Lunatic asylums in Bengal annual reports 1899-1911 - 1899-1911
Year: 1899
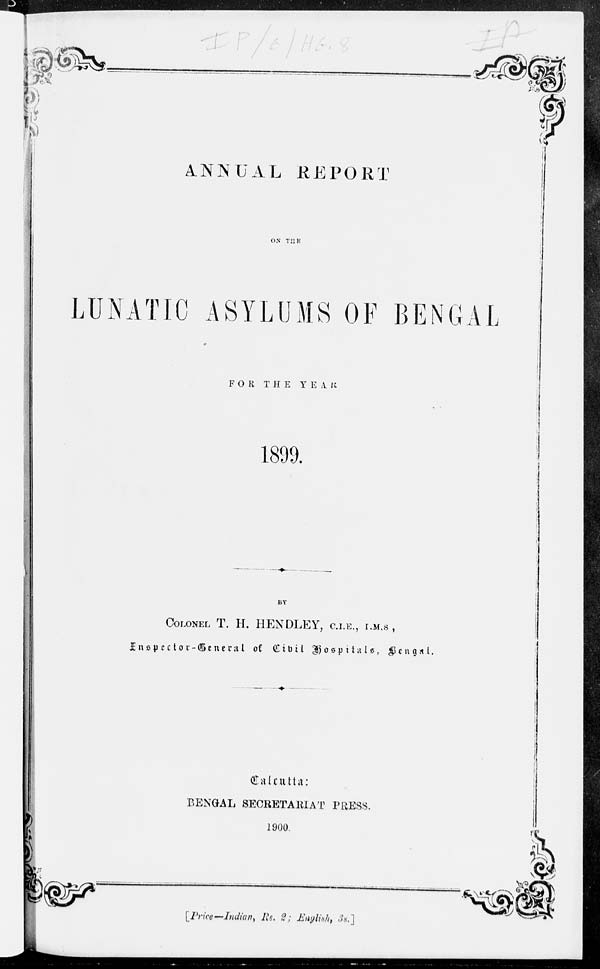
ANNUAL REPORT
ON THE
LUNATIC ASYLUMS OF BENGAL
FOR THE
YEAR
1899.
BY
COLONEL T. H. HENDLEY, C.I.E., I.M.S.,
Inspector-General of Civil Hospitals, Bengal.
Calcutta:
BENGAL SECRETARIAT PRESS.
1900.
[Price—Indian, Rs. 2 ; English, 3s.]